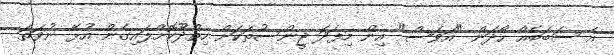
އެ ސަބަބެއް ހޯދަން "އަވަސް" އިން މިފަދަ ޖީންސުތަކަށް ހިތްދޫކޮށްލައިގެން އުޅޭ ނުވަތަ